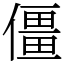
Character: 僵